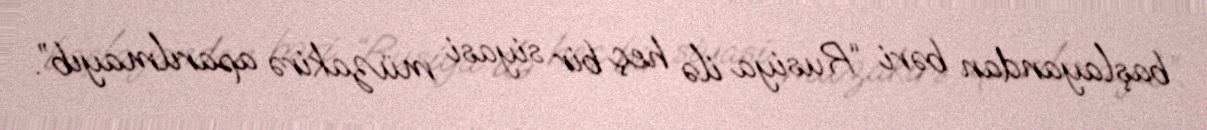
başlayandan bəri “Rusiya ilə heç bir siyasi müzakirə aparılmayıb”.